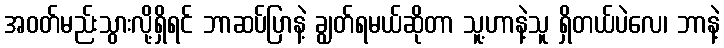
အဝတ်မည်းသွားလို့ရှိရင် ဘာဆပ်ပြာနဲ့ ချွတ်ရမယ်ဆိုတာ သူ့ဟာနဲ့သူ ရှိတယ်ပဲလေ၊ ဘာနဲ့